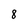
Character: 8